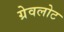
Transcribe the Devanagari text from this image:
ग्रेवलोट